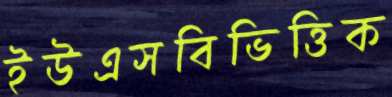
ইউএসবিভিত্তিক